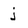
Character: j